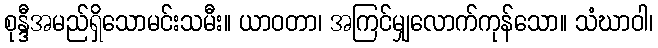
စုန္ဒီအမည်ရှိသောမင်းသမီး။ ယာဝတာ၊ အကြင်မျှလောက်ကုန်သော။ သံဃာဝါ၊